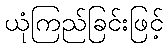
ယုံကြည်ခြင်းဖြင့်